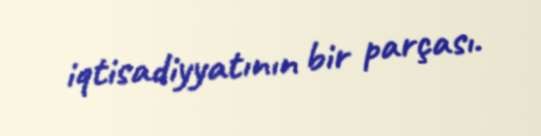
iqtisadiyyatının bir parçası.